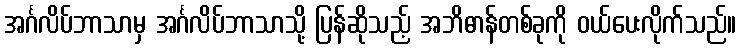
အင်္ဂလိပ်ဘာသာမှ အင်္ဂလိပ်ဘာသာသို့ ပြန်ဆိုသည့် အဘိဓာန်တစ်ခုကို ဝယ်ပေးလိုက်သည်။